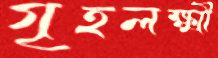
গৃহলক্ষ্মী